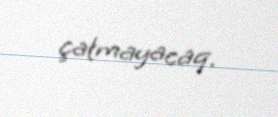
çatmayacaq.